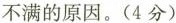
不满的原因。(4分)